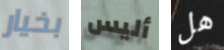
بخيار أليس هل